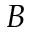
B